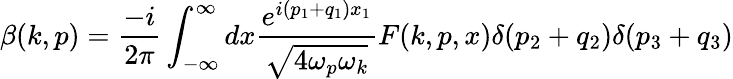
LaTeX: \beta(k,p)=\frac{-i}{2\pi}\int_{-\infty}^{\infty}dx\frac{e^{i(p_{1}+q_{1})x_{1}}}{\sqrt{4\omega_{p}\omega_{k}}}F(k,p,x)\delta(p_{2}+q_{2})\delta(p_{3}+q_{3})